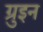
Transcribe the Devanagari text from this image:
ग्रुइन